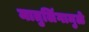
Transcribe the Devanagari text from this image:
मातुलिंगामुळे